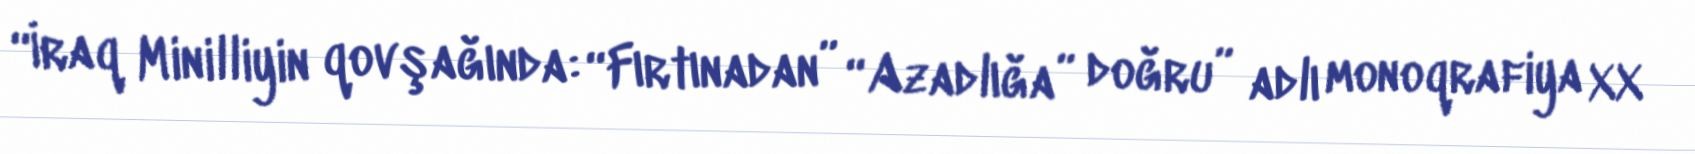
“İraq Minilliyin qovşağında: “Fırtınadan” “Azadlığa” doğru” adlı monoqrafiya XX